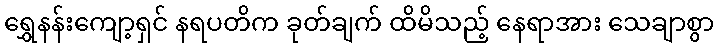
ရွှေနန်းကျော့ရှင် နရပတိက ခုတ်ချက် ထိမိသည့် နေရာအား သေချာစွာ